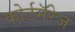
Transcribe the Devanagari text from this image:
कोर्टमॅरेज